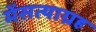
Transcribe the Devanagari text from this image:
मेंसत्याग्रह